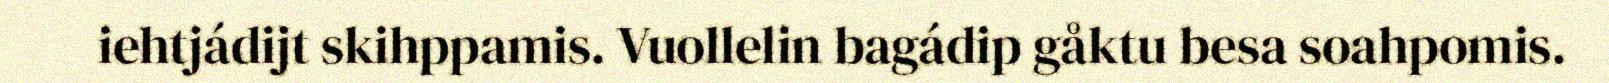
iehtjádijt skihppamis. Vuollelin bagádip gåktu besa soahpomis.